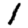
Digit: 1